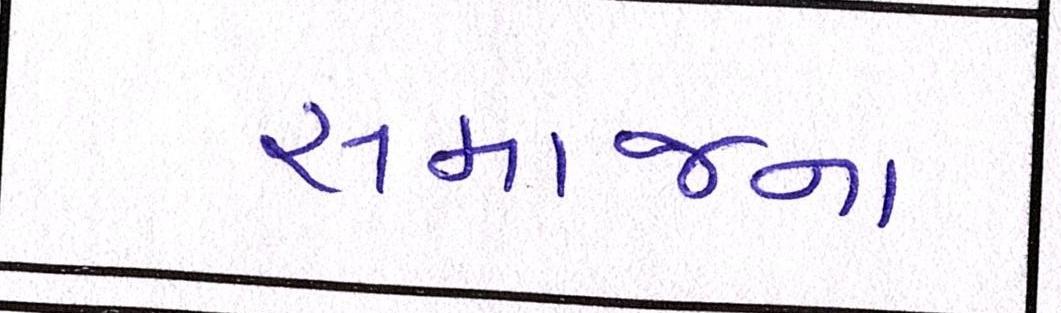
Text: સમાજના